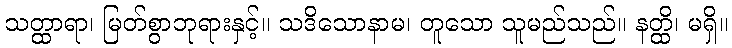
သတ္ထာရာ၊ မြတ်စွာဘုရားနှင့်။ သဒိသောနာမ၊ တူသော သူမည်သည်။ နတ္ထိ၊ မရှိ။